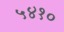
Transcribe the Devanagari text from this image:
५४१०